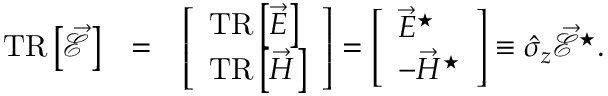
\begin{array} { r l r } { \mathrm { T R } \left\lbrack \vec { \mathcal { E } } \right\rbrack } & { = } & { \left[ \begin{array} { l } { \mathrm { T R } \left\lbrack \vec { E } \right\rbrack } \\ { \mathrm { T R } \left\lbrack \vec { H } \right\rbrack } \end{array} \right] = \left[ \begin{array} { l } { \vec { E } ^ { \star } } \\ { - \vec { H } ^ { \star } } \end{array} \right] \equiv \hat { \sigma } _ { z } \vec { \mathcal { E } } ^ { \star } . } \end{array}